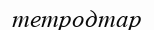
тетродтар